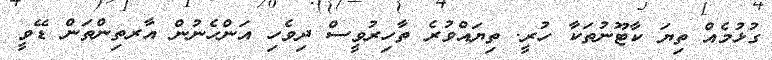
ގުޅުމެއް ތިޔަ ކާޓޫނުތަކާ ހުރީ. ތިޔައްވުރެ ތާހިރުވީސް ދިވެހި އަންހެނުން އާރތިންތަން ޑޭވީ